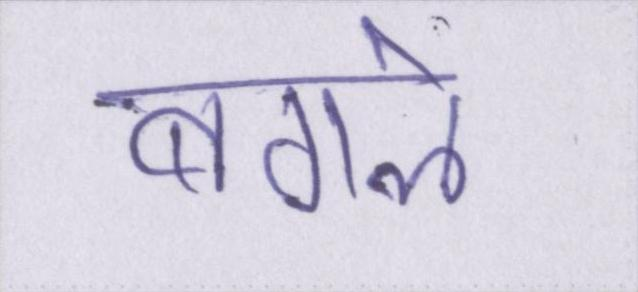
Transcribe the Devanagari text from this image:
बगले